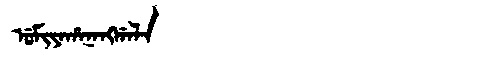
Manchu: ᡠᠮᡳᠶᠠᡥᠠᠨᠠᠩᡤᠠᠯᠠ
Romanization: UMIYAHANANGGALA